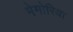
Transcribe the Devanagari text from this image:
मेमोरिया